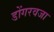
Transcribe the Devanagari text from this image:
डोंगरवजा